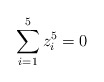
\begin{align*} \sum_{i=1}^5 z_i^5 = 0\end{align*}